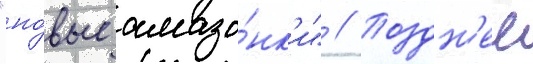
"но́вые амазо́нк'и" // Поздн'ее